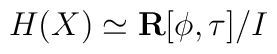
H(X) \simeq {\bf R}[\phi,\tau]/I